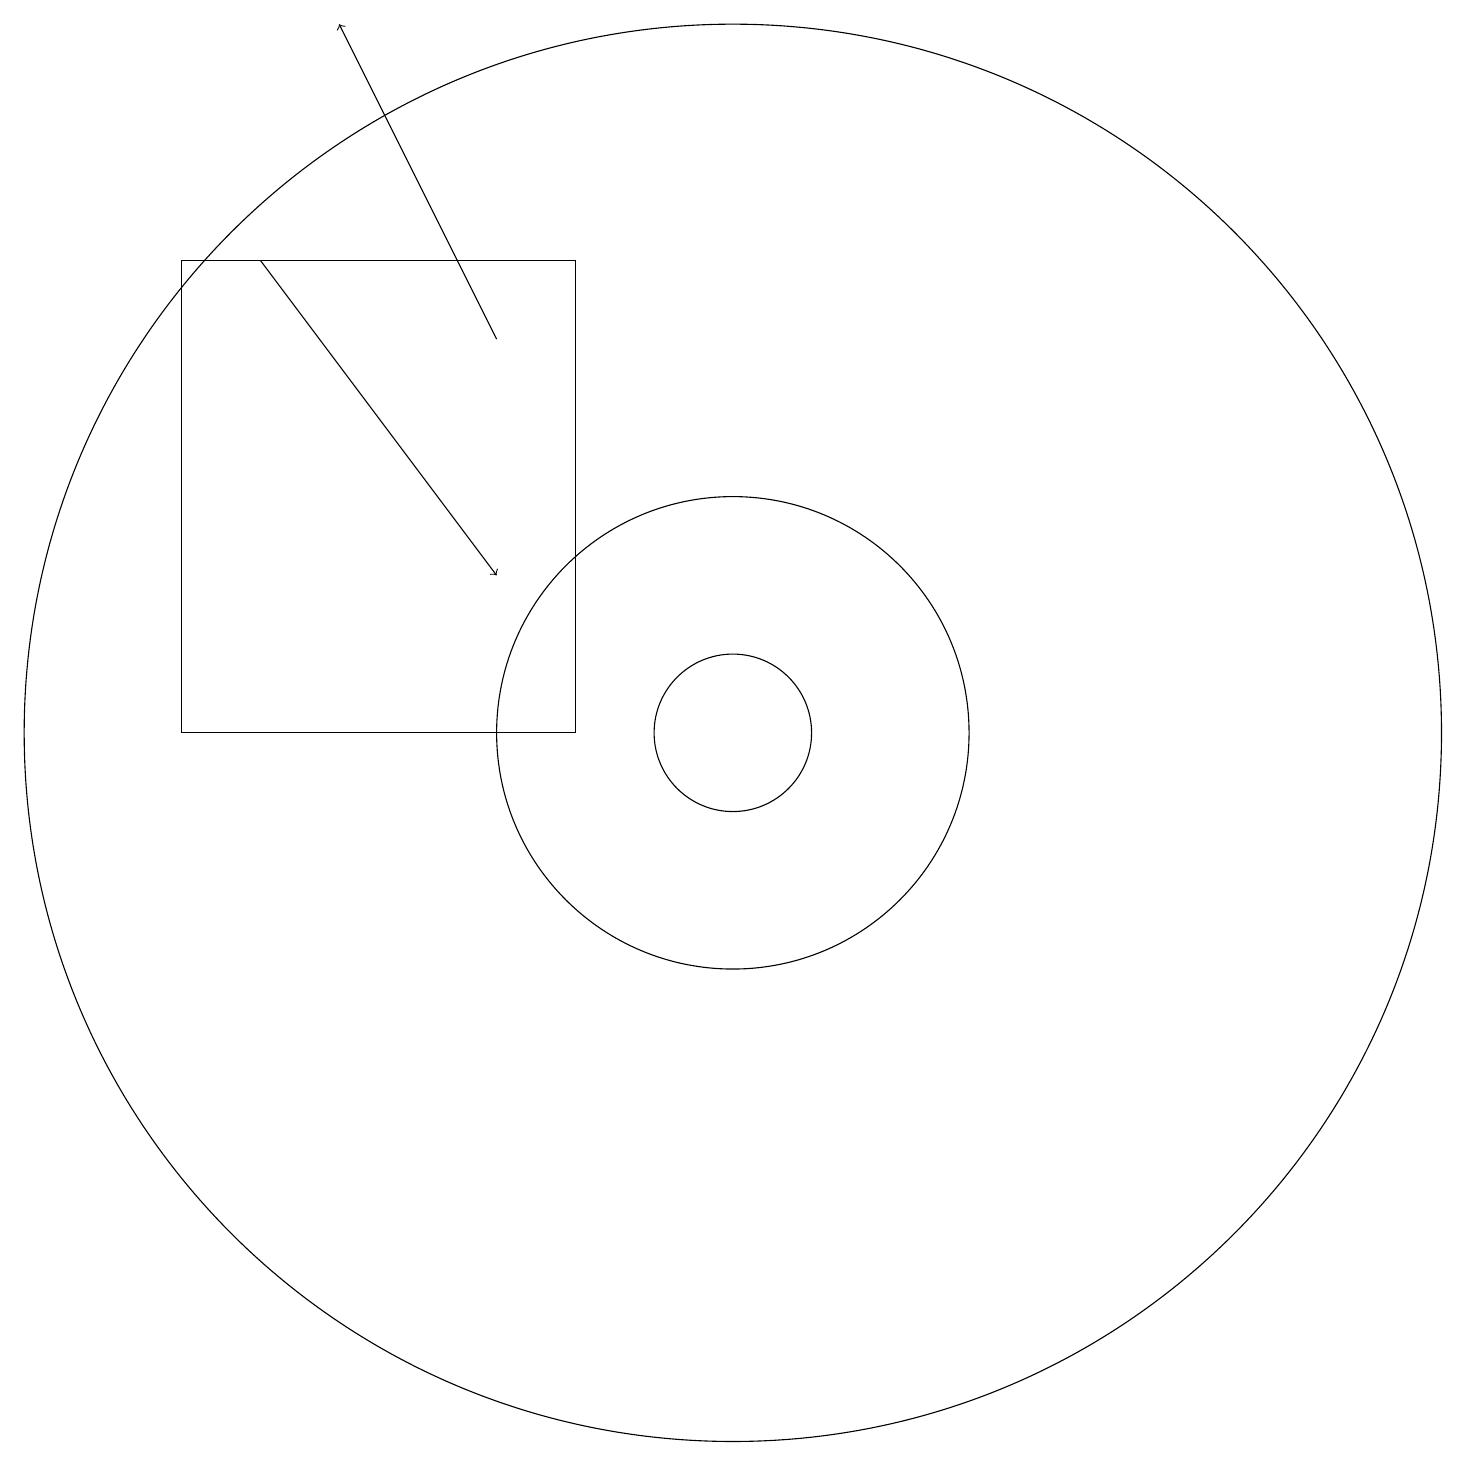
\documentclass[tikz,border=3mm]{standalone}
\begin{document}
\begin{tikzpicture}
\draw (10,10) circle (1);
\draw (10,10) circle (9);
\draw[->] (7,15) -- (5,19);
\draw (10,10) circle (3);
\draw (11,11) circle (0);
\draw[->] (4,16) -- (7,12);
\draw (8,16) rectangle (3,10);
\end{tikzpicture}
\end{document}